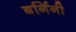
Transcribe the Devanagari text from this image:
बर्निनी